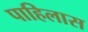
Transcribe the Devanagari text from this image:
पाहिलास